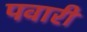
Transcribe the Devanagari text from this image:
पवारी